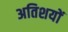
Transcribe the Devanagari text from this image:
अतिशयों